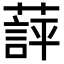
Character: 𬞖